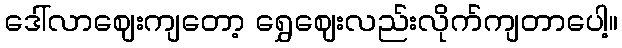
ဒေါ်လာဈေးကျတော့ ရွှေဈေးလည်းလိုက်ကျတာပေါ့။